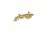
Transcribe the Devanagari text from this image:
दोनापेक्षा